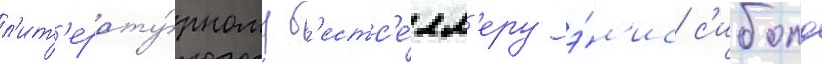
л'ит'ерату́рному б'естс'е́лл'еру э́л'ис с'иболд